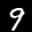
Label: 9